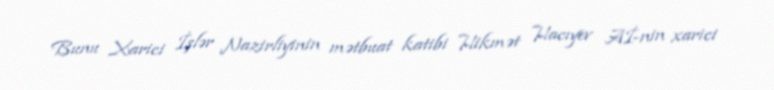
Bunu Xarici İşlər Nazirliyinin mətbuat katibi Hikmət Hacıyev Aİ-nin xarici